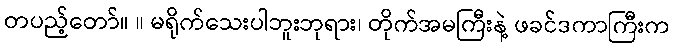
တပည့်တော်။ ။ မရိုက်သေးပါဘူးဘုရား၊ တိုက်အမကြီးနဲ့ ဖခင်ဒကာကြီးက